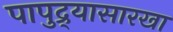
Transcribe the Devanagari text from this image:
पापुद्र्यासारखा